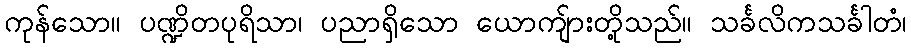
ကုန်သော။ ပဏ္ဍိတပုရိသာ၊ ပညာရှိသော ယောကျ်ားတို့သည်။ သင်္ခလိကသင်္ခါတံ၊